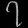
Digit: ၇